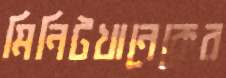
মিনিটখানেকের